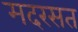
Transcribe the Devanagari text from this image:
मदरसत